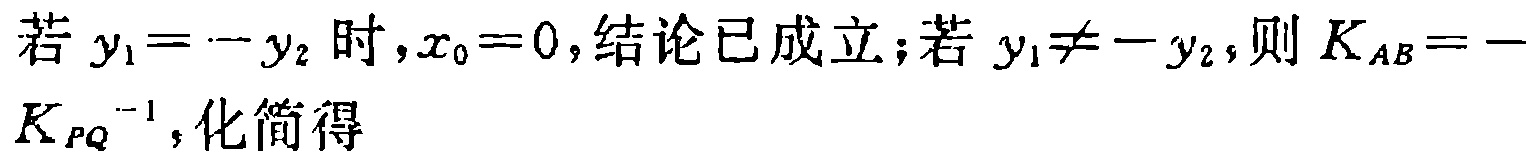
若 \(y_1 = -y_2\) 时，\(x_0 = 0\)，结论已成立；若 \(y_1\neq -y_2\)，则 \(K_{AB} = -K_{PQ}^{-1}\)，化简得